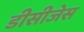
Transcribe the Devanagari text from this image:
डीसीजेस